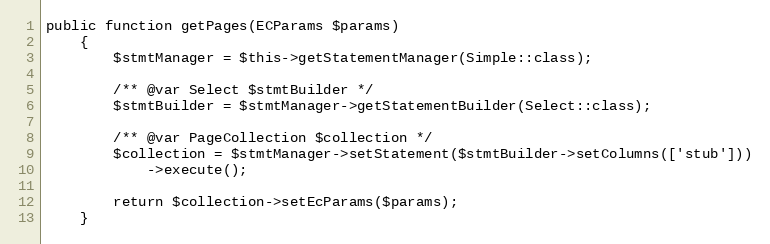
Language: PHP
public function getPages(ECParams $params)
    {
        $stmtManager = $this->getStatementManager(Simple::class);

        /** @var Select $stmtBuilder */
        $stmtBuilder = $stmtManager->getStatementBuilder(Select::class);

        /** @var PageCollection $collection */
        $collection = $stmtManager->setStatement($stmtBuilder->setColumns(['stub']))
            ->execute();

        return $collection->setEcParams($params);
    }